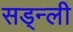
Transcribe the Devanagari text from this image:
सड्न्ली